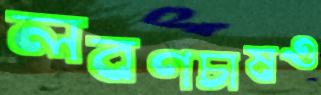
লবণচাষও